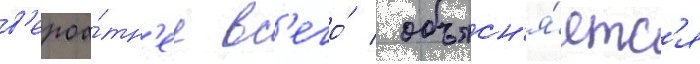
в'ероа́тн'ее вс'его́ / объясн'я́етс'я